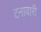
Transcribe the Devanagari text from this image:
टनावारी